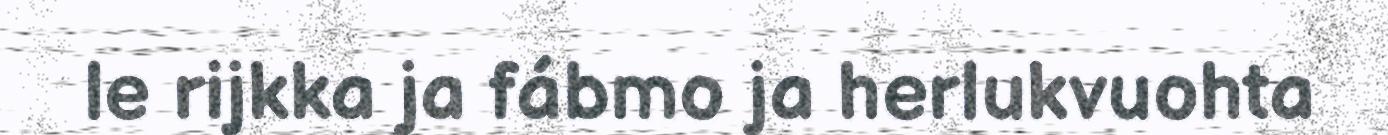
le rijkka ja fábmo ja herlukvuohta